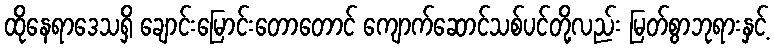
ထိုနေရာဒေသရှိ ချောင်းမြောင်းတောတောင် ကျောက်ဆောင်သစ်ပင်တို့လည်း မြတ်စွာဘုရားနှင့်